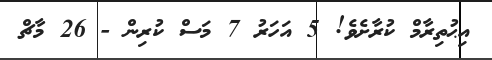
އިޙުތިރާމް ކުރާށެވެ! 5 އަހަރު 7 މަސް ކުރިން - 26 މާޗް